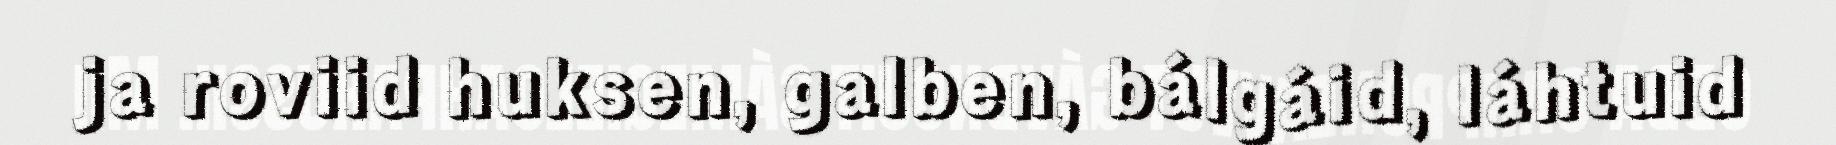
ja roviid huksen, galben, bálgáid, láhtuid